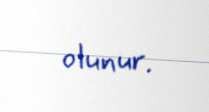
olunur.